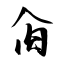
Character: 肏